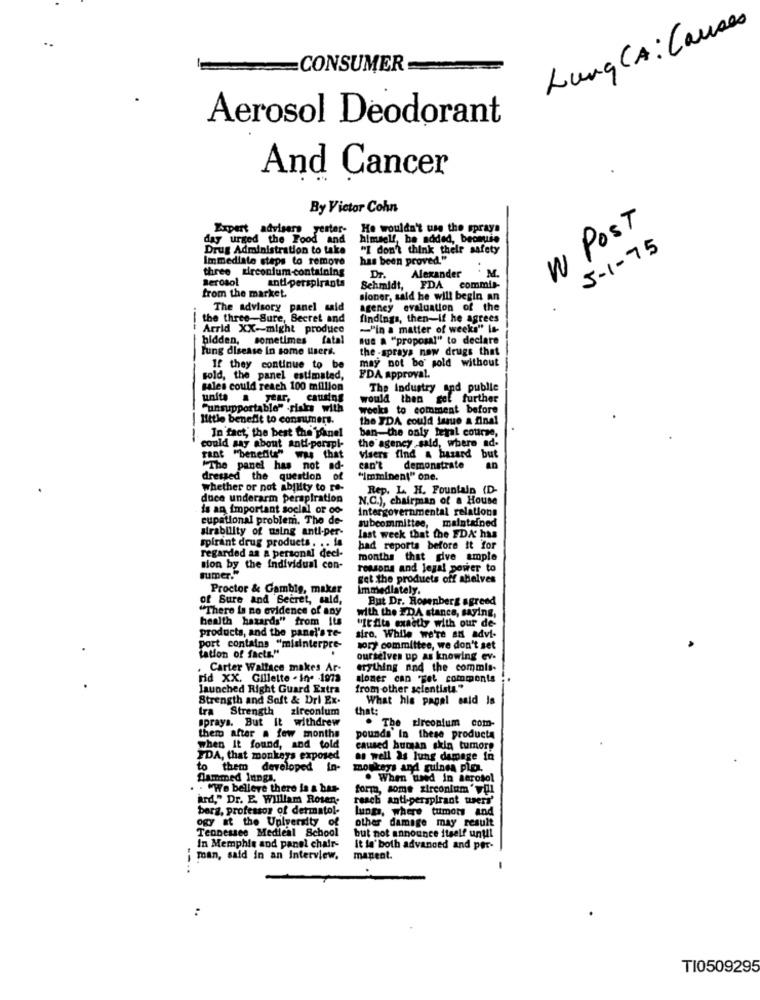
Lung CA : Causes
..
CONSUMER
Aerosol Deodorant
And Cancer
By Victor Cohn
Expert advisers yester-
He wouldn't use the sprays
W POST
day urged the Food and
himself, be added, beonio
Drug Administration to take
"I don't think their safety
5-1-75
Immediato steps to remove
has been proved."
three zirconium-containing
Berosol
Dr.
Alexander
M.
anti-perspirants
Schmidt, FDA commil-
from the market.
sioner, said he will begin an
The advisory panel said
agency evaluation of the
.
the three-Sure, Becret and
findings, then-if he agrees
Arrid XX-might produce
-"in a matter of weeks" Is-
bidden, sometimes fatal
que a "proposal" to declare
lung disease in some users.
the -sprays now drugs that
If they continue to be
may not be' gold without
sold, the panel estimated,
FDA Approval.
sales could reach 100 million
The Industry and publie
unite a year, causing
would then
gel further
"unsupportable" risks with
weeks to comment before
little benefit to consumers.
the FDA could laque a final
ban-the only legal course,
In fact, the best the pinel
could say about anti-por pl-
the agency said, where ad-
rant ""benedita" was that
Visers find & hazard but
"The panel has not ad-
can't demonstrate
dressed the question of
"Imminent" one.
whether or not ability to re-
Rep. L. H. Fountain (D-
duce underarm perspiration
N.C.), chairman of a House
is an important social or oo-
intergovernmental relations
cupational problem. The de-
subcommittee, maintained
sirability of using anti-per-
last week that the FDA has
spirant drug products . . . is
regarded as a personal deel-
had reports before it for
months that dve ample
sion by the individual con-
reasons and legal power to
sumer."
get the products off shelves
Proctor & Gamble, maker
Immediately.
of Sure and Secret, cald,
But Dr. Rosenberg agreed
"There is no evidence of any
health hazards" from Its
with the FDA stance, saying,
products, and the panel's Te-
"It fits exactly with our de
siro, While we're an advi-
port contains "misinterpre-
sory committee, we don't set
tation of facts."
ourselves up as knowing ev.
Carter Wallace makes Ar-
erything and the commis-
rid XX. Gillette . in. 1972
soner can get comments
launched Right Guard Extra
from other scientists."
Strength and Soft & Dri Ex-
What his pagal said Is
Strength zirconium
that:
sprays. But It withdrew
. The zirconium com-
them after a few months
pounds In these products
when It found, and told
caused burian skin tumore
IDA, that monkeys exposed
as well as lung damage in
to
them developed in-
monkeys and guinea plea.
Dammed lungs.
. When used In aerosol
. . "We believe there is a bas-
forma, some zirconium" will
Ard," Dr. E. William Rosen
reach anti-perspirant tuers'
berg, professor of dermatol-
lungs, where tumors and
ogy at the University of
other damage may result
Tennessee Medical School
but not announce itself until
In Memphis and panel chair-
It la' both advanced and per-
man, said in an Interview.
mapent.
TI0509295